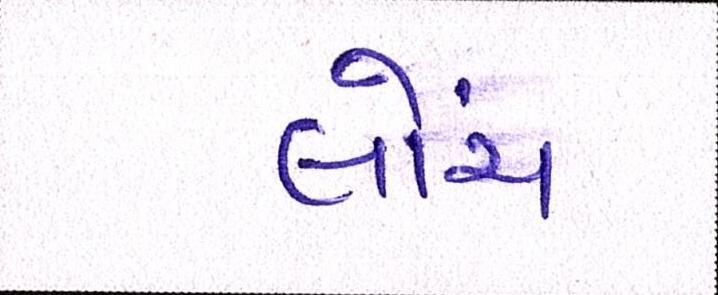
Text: લોંચ